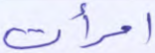
امرأت